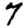
Digit: 7